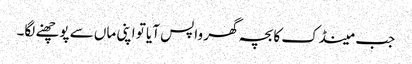
جب مینڈک کا بچہ گھر واپس آیا تو اپنی ماں سے پوچھنے لگا۔